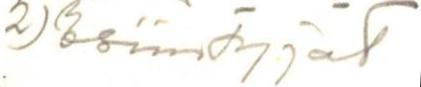
2) Esiintyjät